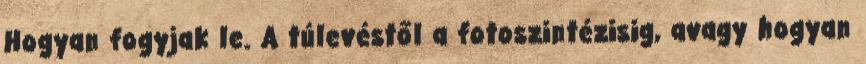
Hogyan fogyjak le. A túlevéstől a fotoszintézisig, avagy hogyan